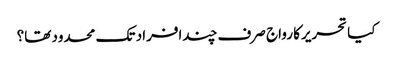
کیا تحریرکا رواج صرف چندافراد تک محدود تھا؟